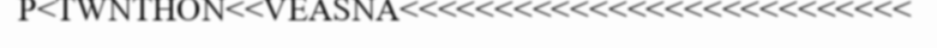
P<TWNTHON<<VEASNA<<<<<<<<<<<<<<<<<<<<<<<<<<<